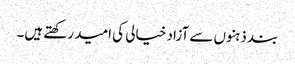
بند ذہنوں سے آزاد خیالی کی امید رکھتے ہیں۔